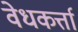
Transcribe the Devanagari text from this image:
वेधकर्त्ता